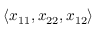
\langle x _ { 1 1 } , x _ { 2 2 } , x _ { 1 2 } \rangle